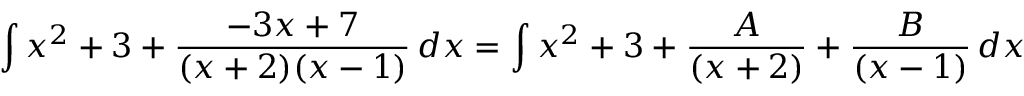
\int x ^ { 2 } + 3 + { \frac { - 3 x + 7 } { ( x + 2 ) ( x - 1 ) } } \, d x = \int x ^ { 2 } + 3 + { \frac { A } { ( x + 2 ) } } + { \frac { B } { ( x - 1 ) } } \, d x